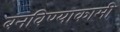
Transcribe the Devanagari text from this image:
बनविण्याकामी